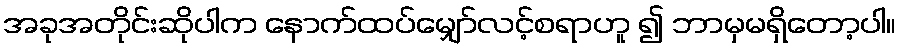
အခုအတိုင်းဆိုပါက နောက်ထပ်မျှော်လင့်စရာဟူ ၍ ဘာမှမရှိတော့ပါ။